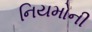
નિયમોની